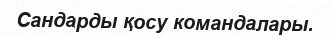
Сандарды қосу командалары.